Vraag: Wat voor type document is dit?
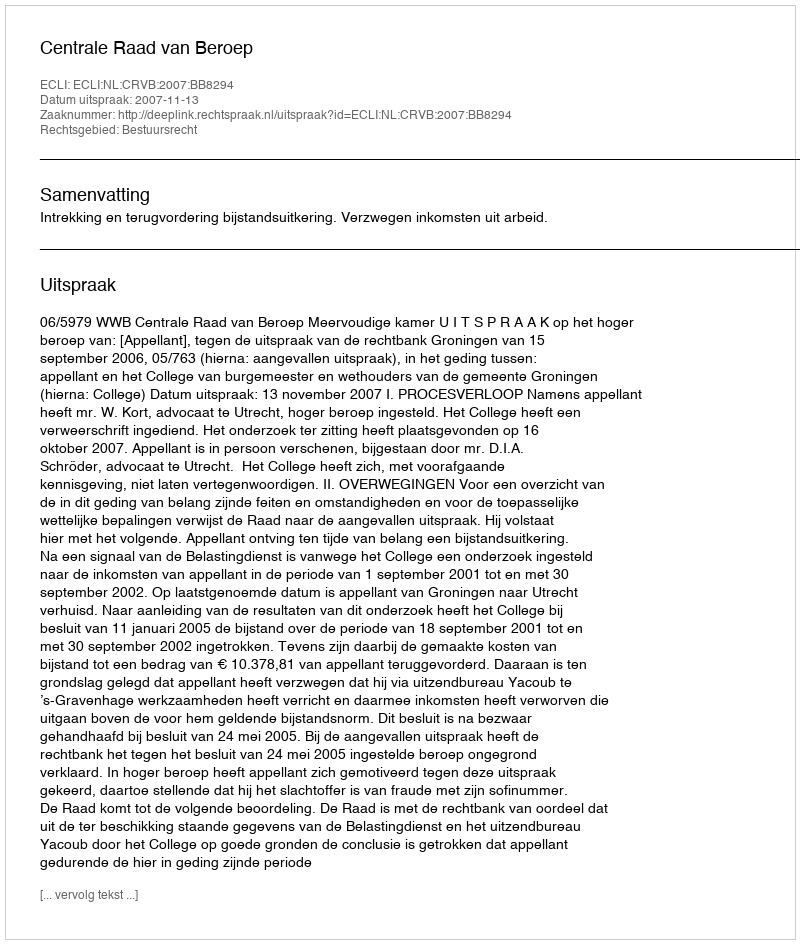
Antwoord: Uitspraak